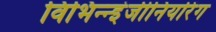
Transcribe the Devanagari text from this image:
विभिन्‍न्‍इंजीनियरिंग